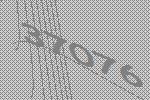
37076